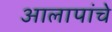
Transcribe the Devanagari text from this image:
आलापांचे